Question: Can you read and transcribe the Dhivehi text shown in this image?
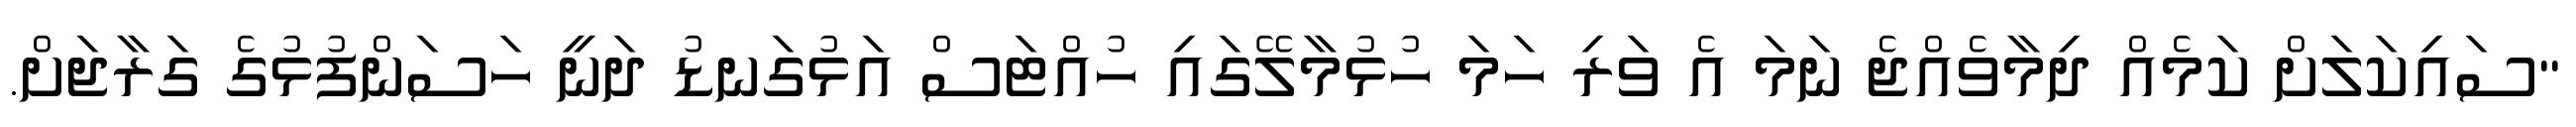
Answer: "ސައިކަލަށް ކަމެއް ދިމާވެއްޖެ ނަމަ އެ ވަރި ހަމަ ހުޅުމާލޭގައި ހުއްޓަސް އަޅުގަނޑު ދަނީ ހަސަންފުޅުގެ ގަރާޖަށް.